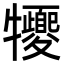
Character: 㹛